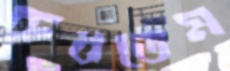
রুধতেম